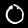
Label: 0